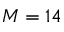
M = 1 4